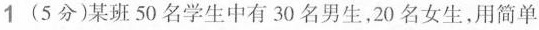
1(5分)某班50名学生中有30名男生，20名女生，用简单